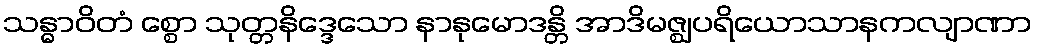
သန္ဓာဝိတံ စ္စော သုတ္တနိဒ္ဒေသော နာနုမောဒန္တိ အာဒိမဇ္ဈပရိယောသာနကလျာဏာ